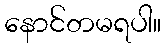
နောင်တမရပါ။